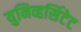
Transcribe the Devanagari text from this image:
युनिव्हर्सिटेट